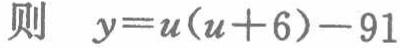
则 \(y = u(u + 6) - 91\)